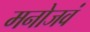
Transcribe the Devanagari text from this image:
मनोजवं